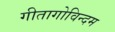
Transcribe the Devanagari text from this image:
गीतागोविन्दम